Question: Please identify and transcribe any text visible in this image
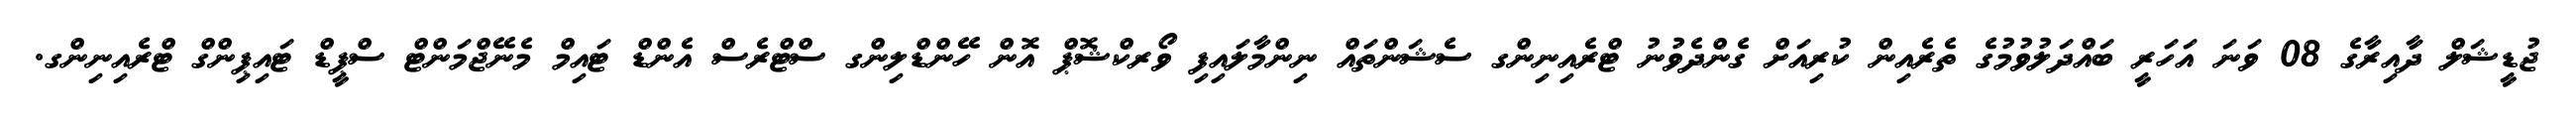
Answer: ޖުޑީޝަލް ދާއިރާގެ 08 ވަނަ އަހަރީ ބައްދަލުވުމުގެ ތެރެއިން ކުރިއަށް ގެންދެވުނު ޓްރެއިނިންގ ސެޝަންތައް ނިންމާލައިފި ވޯރކްޝޮޕް އޮން ހޭންޑްލިންގ ސްޓްރެސް އެންޑް ޓައިމް މެނޭޖްމަންޓް ސްޕީޑް ޓައިޕިންގް ޓްރެއިނިންގ.